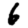
Digit: 6